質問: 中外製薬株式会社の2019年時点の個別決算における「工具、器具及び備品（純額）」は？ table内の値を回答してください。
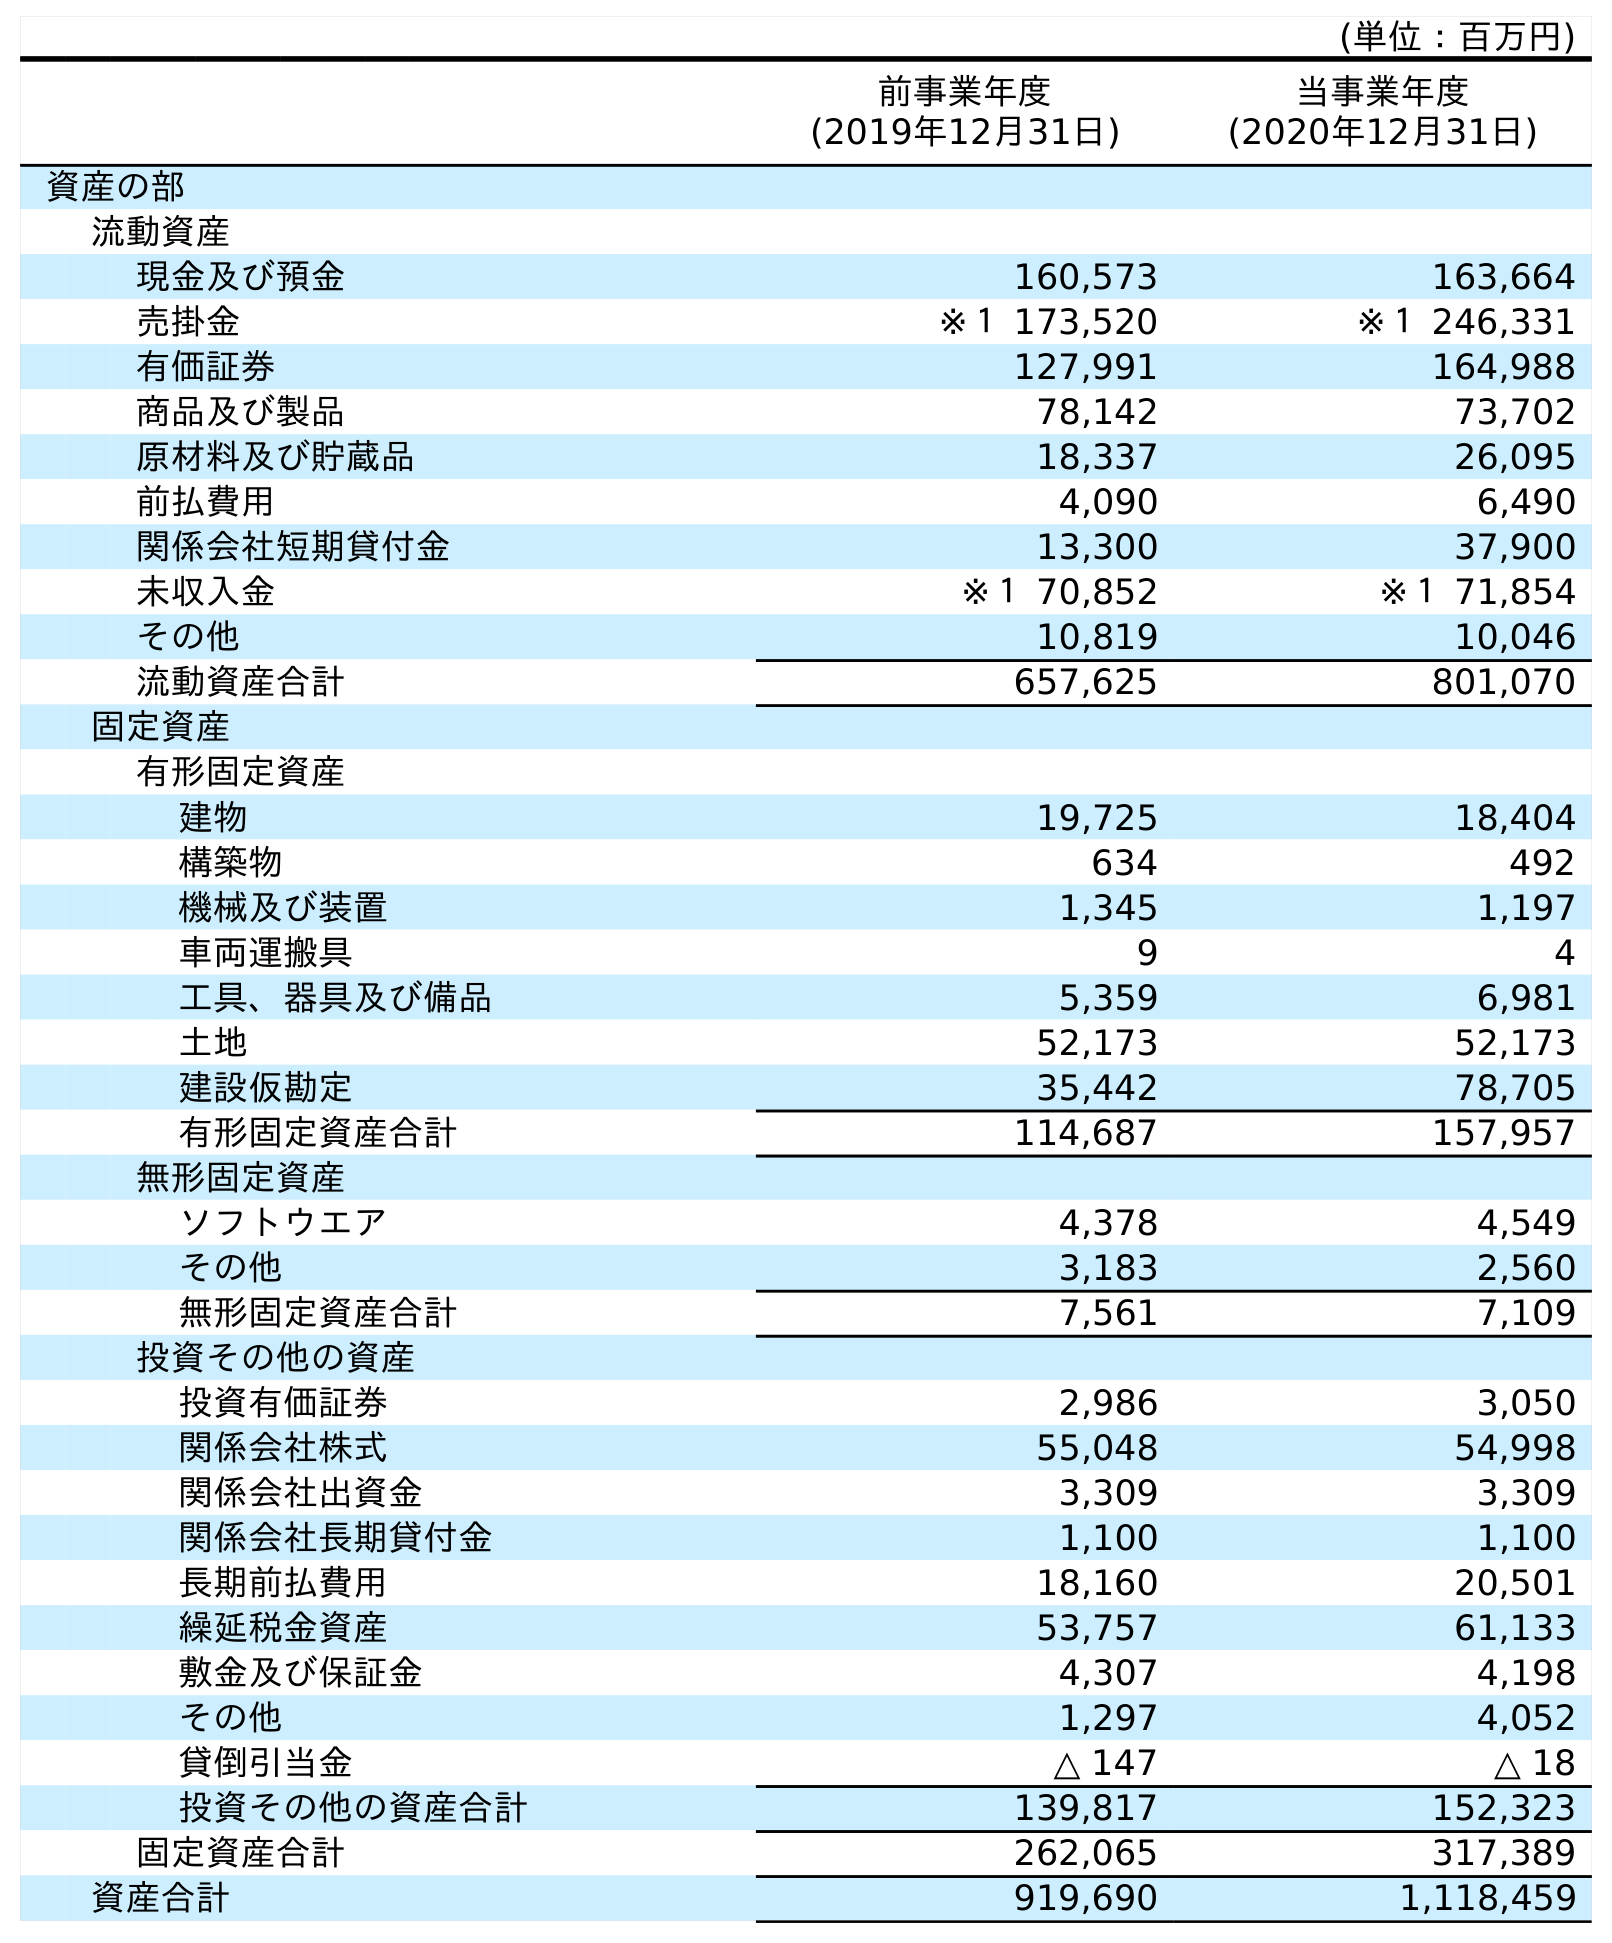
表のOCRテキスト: (単位：百万円) 前事業年度 (2019年12月31日) 当事業年度 (2020年12月31日) 資産の部 流動資産 現金及び預金 160,573 163,664 売掛金 ※１ 173,520 ※１ 246,331 有価証券 127,991 164,988 商品及び製品 78,142 73,702 原材料及び貯蔵品 18,337 26,095 前払費用 4,090 6,490 関係会社短期貸付金 13,300 37,900 未収入金 ※１ 70,852 ※１ 71,854 その他 10,819 10,046 流動資産合計 657,625 801,070 固定資産 有形固定資産 建物 19,725 18,404 構築物 634 492 機械及び装置 1,345 1,197 車両運搬具 9 4 工具、器具及び備品 5,359 6,981 土地 52,173 52,173 建設仮勘定 35,442 78,705 有形固定資産合計 114,687 157,957 無形固定資産 ソフトウエア 4,378 4,549 その他 3,183 2,560 無形固定資産合計 7,561 7,109 投資その他の資産 投資有価証券 2,986 3,050 関係会社株式 55,048 54,998 関係会社出資金 3,309 3,309 関係会社長期貸付金 1,100 1,100 長期前払費用 18,160 20,501 繰延税金資産 53,757 61,133 敷金及び保証金 4,307 4,198 その他 1,297 4,052 貸倒引当金 △ 147 △ 18 投資その他の資産合計 139,817 152,323 固定資産合計 262,065 317,389 資産合計 919,690 1,118,459
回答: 5,359